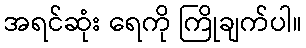
အရင်ဆုံး ရေကို ကြိုချက်ပါ။